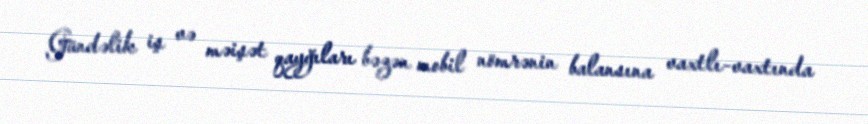
Gündəlik iş və məişət qayğıları bəzən mobil nömrənin balansına vaxtlı-vaxtında